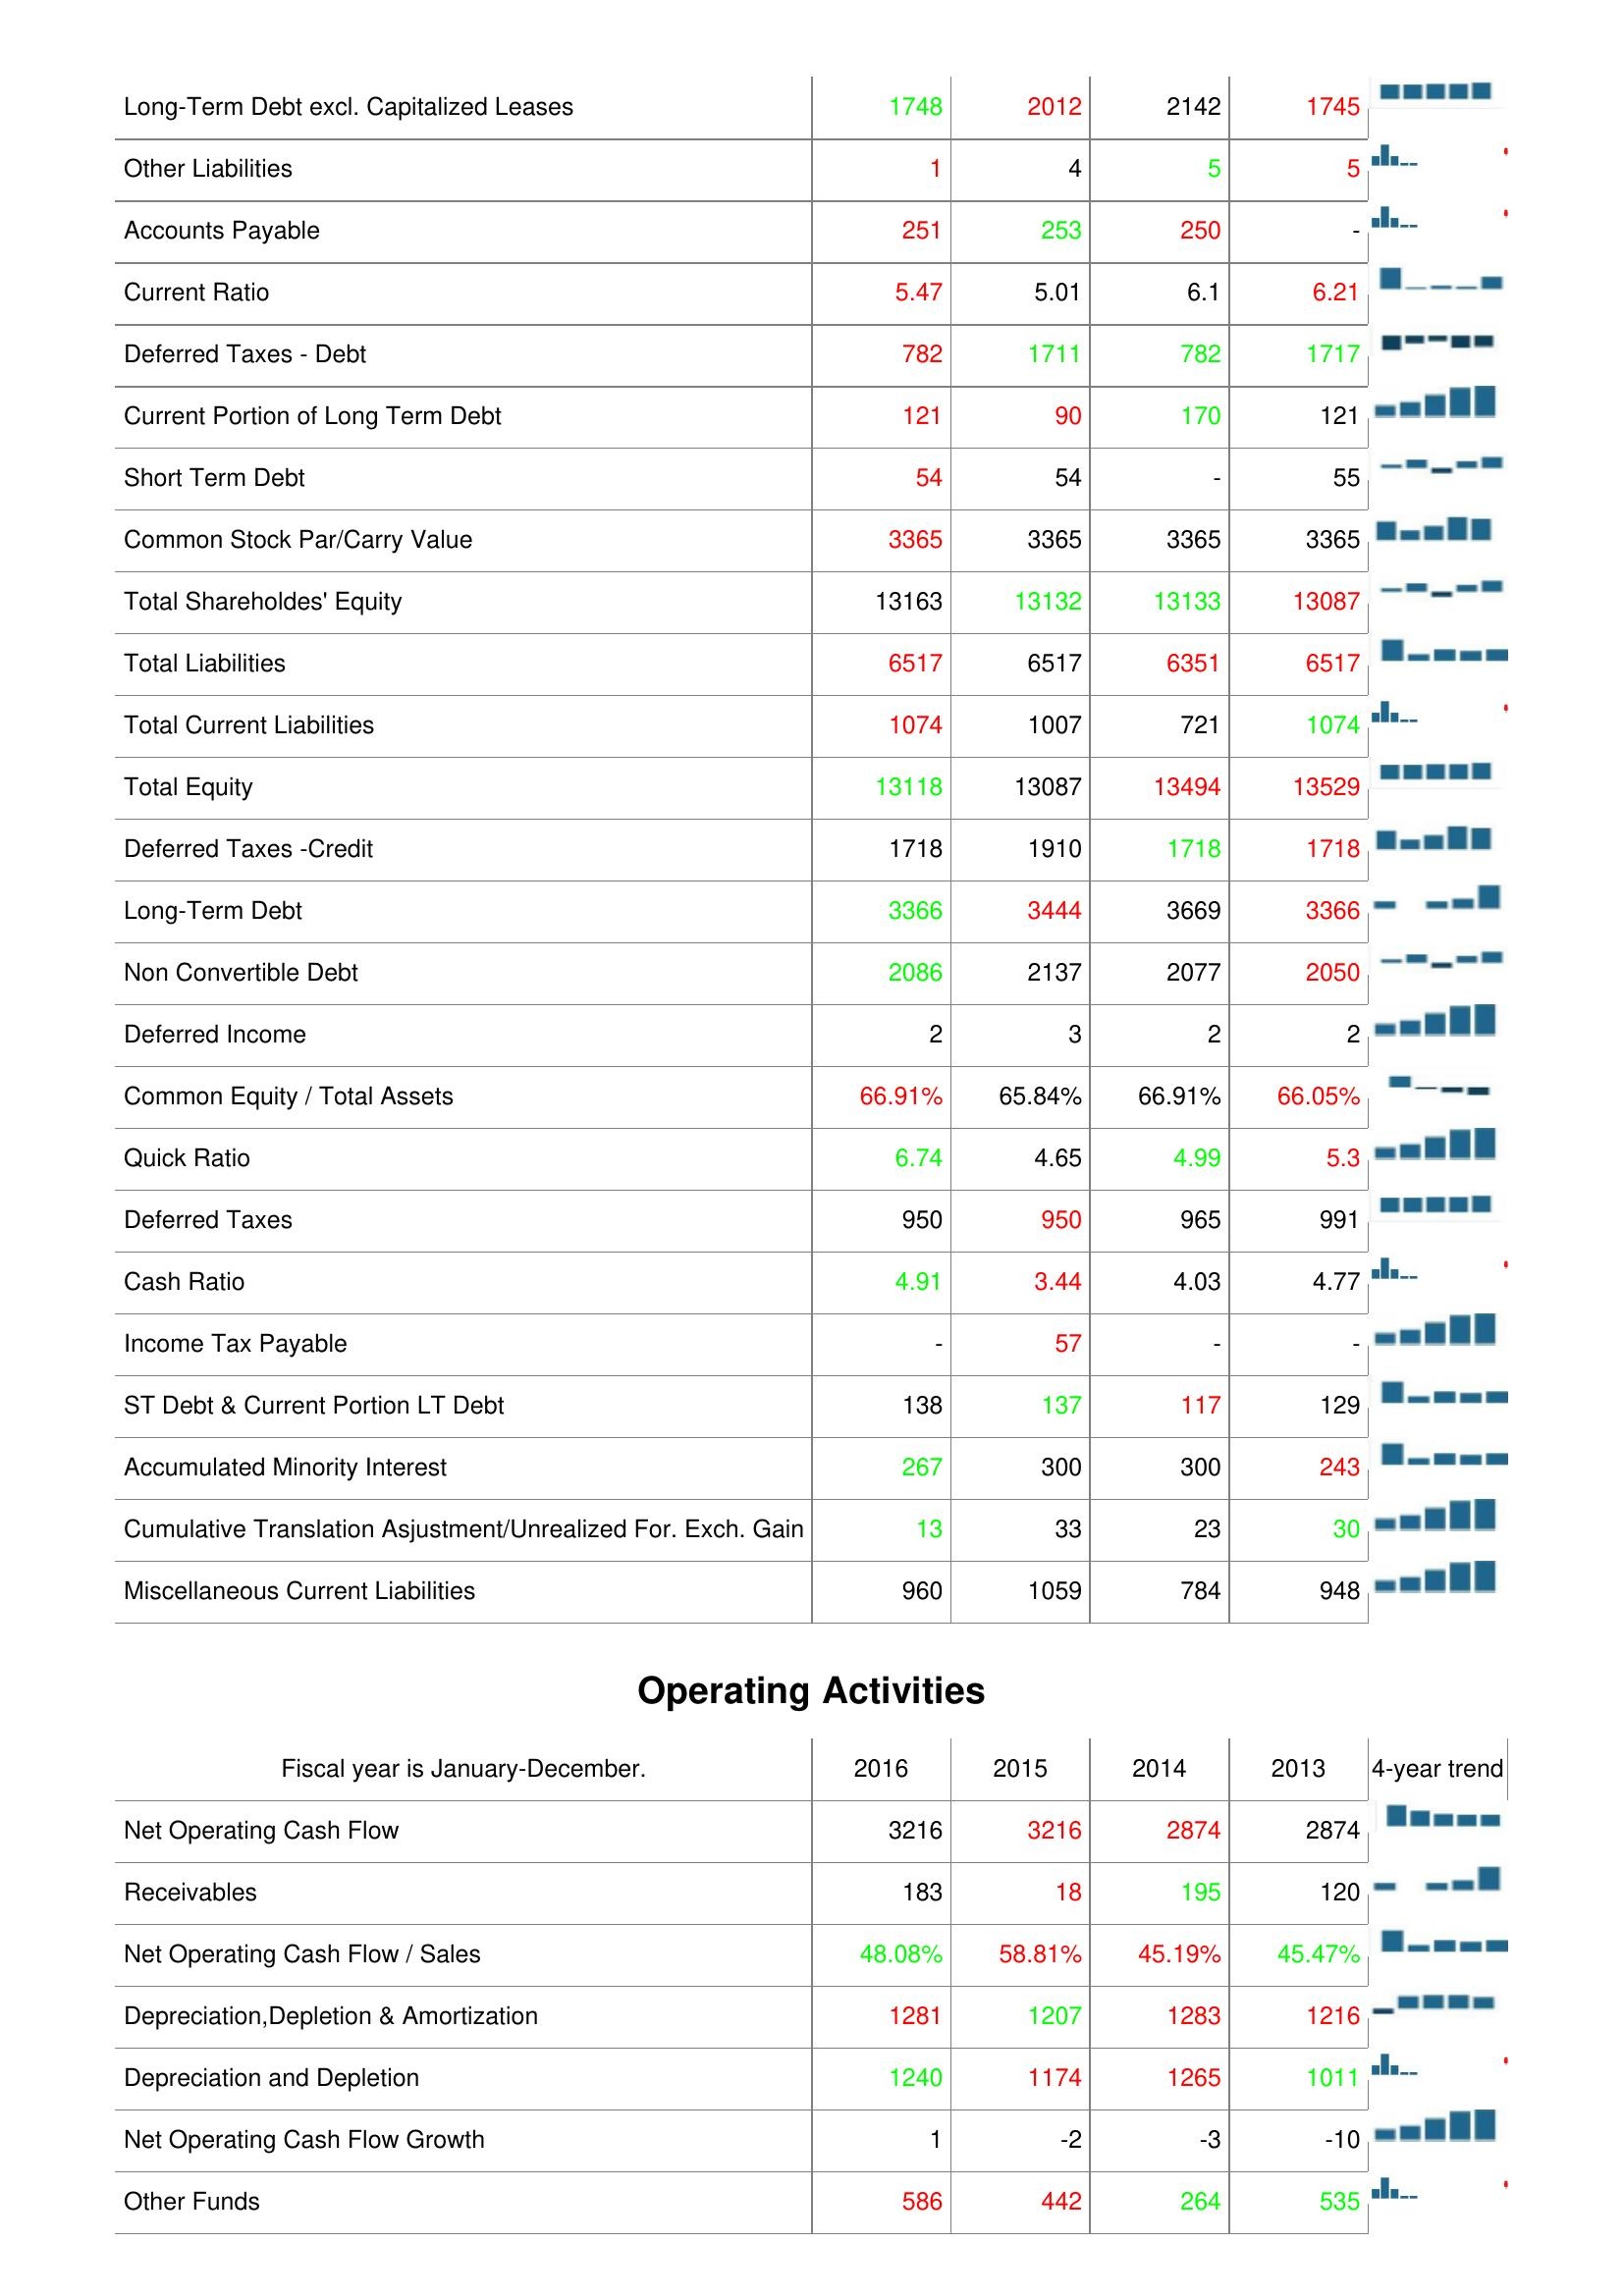
2016: Liabilities & Shareholder's Equity: Long-Term Debt excl. Capitalized Leases: 1748
Other Liabilities: 1
Accounts Payable: 251
Current Ratio: 5.47
Deferred Taxes - Debt: 782
Current Portion of Long Term Debt: 121
Short Term Debt: 54
Common Stock Par/Carry Value: 3365
Total Shareholdes' Equity: 13163
Total Liabilities: 6517
Total Current Liabilities: 1074
Total Equity: 13118
Deferred Taxes -Credit: 1718
Long-Term Debt: 3366
Non Convertible Debt: 2086
Deferred Income: 2
Common Equity / Total Assets: 66.91%
Quick Ratio: 6.74
Deferred Taxes: 950
Cash Ratio: 4.91
Income Tax Payable: -
ST Debt & Current Portion LT Debt: 138
Accumulated Minority Interest: 267
Cumulative Translation Asjustment/Unrealized For. Exch. Gain: 13
Miscellaneous Current Liabilities: 960
Operating Activities: Net Operating Cash Flow: 3216
Receivables: 183
Net Operating Cash Flow / Sales: 48.08%
Depreciation,Depletion & Amortization: 1281
Depreciation and Depletion: 1240
Net Operating Cash Flow Growth: 1
Other Funds: 586
2015: Liabilities & Shareholder's Equity: Long-Term Debt excl. Capitalized Leases: 2012
Other Liabilities: 4
Accounts Payable: 253
Current Ratio: 5.01
Deferred Taxes - Debt: 1711
Current Portion of Long Term Debt: 90
Short Term Debt: 54
Common Stock Par/Carry Value: 3365
Total Shareholdes' Equity: 13132
Total Liabilities: 6517
Total Current Liabilities: 1007
Total Equity: 13087
Deferred Taxes -Credit: 1910
Long-Term Debt: 3444
Non Convertible Debt: 2137
Deferred Income: 3
Common Equity / Total Assets: 65.84%
Quick Ratio: 4.65
Deferred Taxes: 950
Cash Ratio: 3.44
Income Tax Payable: 57
ST Debt & Current Portion LT Debt: 137
Accumulated Minority Interest: 300
Cumulative Translation Asjustment/Unrealized For. Exch. Gain: 33
Miscellaneous Current Liabilities: 1059
Operating Activities: Net Operating Cash Flow: 3216
Receivables: 18
Net Operating Cash Flow / Sales: 58.81%
Depreciation,Depletion & Amortization: 1207
Depreciation and Depletion: 1174
Net Operating Cash Flow Growth: -2
Other Funds: 442
2014: Liabilities & Shareholder's Equity: Long-Term Debt excl. Capitalized Leases: 2142
Other Liabilities: 5
Accounts Payable: 250
Current Ratio: 6.1
Deferred Taxes - Debt: 782
Current Portion of Long Term Debt: 170
Short Term Debt: -
Common Stock Par/Carry Value: 3365
Total Shareholdes' Equity: 13133
Total Liabilities: 6351
Total Current Liabilities: 721
Total Equity: 13494
Deferred Taxes -Credit: 1718
Long-Term Debt: 3669
Non Convertible Debt: 2077
Deferred Income: 2
Common Equity / Total Assets: 66.91%
Quick Ratio: 4.99
Deferred Taxes: 965
Cash Ratio: 4.03
Income Tax Payable: -
ST Debt & Current Portion LT Debt: 117
Accumulated Minority Interest: 300
Cumulative Translation Asjustment/Unrealized For. Exch. Gain: 23
Miscellaneous Current Liabilities: 784
Operating Activities: Net Operating Cash Flow: 2874
Receivables: 195
Net Operating Cash Flow / Sales: 45.19%
Depreciation,Depletion & Amortization: 1283
Depreciation and Depletion: 1265
Net Operating Cash Flow Growth: -3
Other Funds: 264
2013: Liabilities & Shareholder's Equity: Long-Term Debt excl. Capitalized Leases: 1745
Other Liabilities: 5
Accounts Payable: -
Current Ratio: 6.21
Deferred Taxes - Debt: 1717
Current Portion of Long Term Debt: 121
Short Term Debt: 55
Common Stock Par/Carry Value: 3365
Total Shareholdes' Equity: 13087
Total Liabilities: 6517
Total Current Liabilities: 1074
Total Equity: 13529
Deferred Taxes -Credit: 1718
Long-Term Debt: 3366
Non Convertible Debt: 2050
Deferred Income: 2
Common Equity / Total Assets: 66.05%
Quick Ratio: 5.3
Deferred Taxes: 991
Cash Ratio: 4.77
Income Tax Payable: -
ST Debt & Current Portion LT Debt: 129
Accumulated Minority Interest: 243
Cumulative Translation Asjustment/Unrealized For. Exch. Gain: 30
Miscellaneous Current Liabilities: 948
Operating Activities: Net Operating Cash Flow: 2874
Receivables: 120
Net Operating Cash Flow / Sales: 45.47%
Depreciation,Depletion & Amortization: 1216
Depreciation and Depletion: 1011
Net Operating Cash Flow Growth: -10
Other Funds: 535